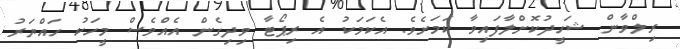
ރިލްވާން ޝަހީދުކޮށްލާފައިވާ ކަމަށެވެ. އެކަމަކު އެ ރިޕޯޓާ ވިދިގެން އެއްވެސް މީހަކު ހައްޔަރު